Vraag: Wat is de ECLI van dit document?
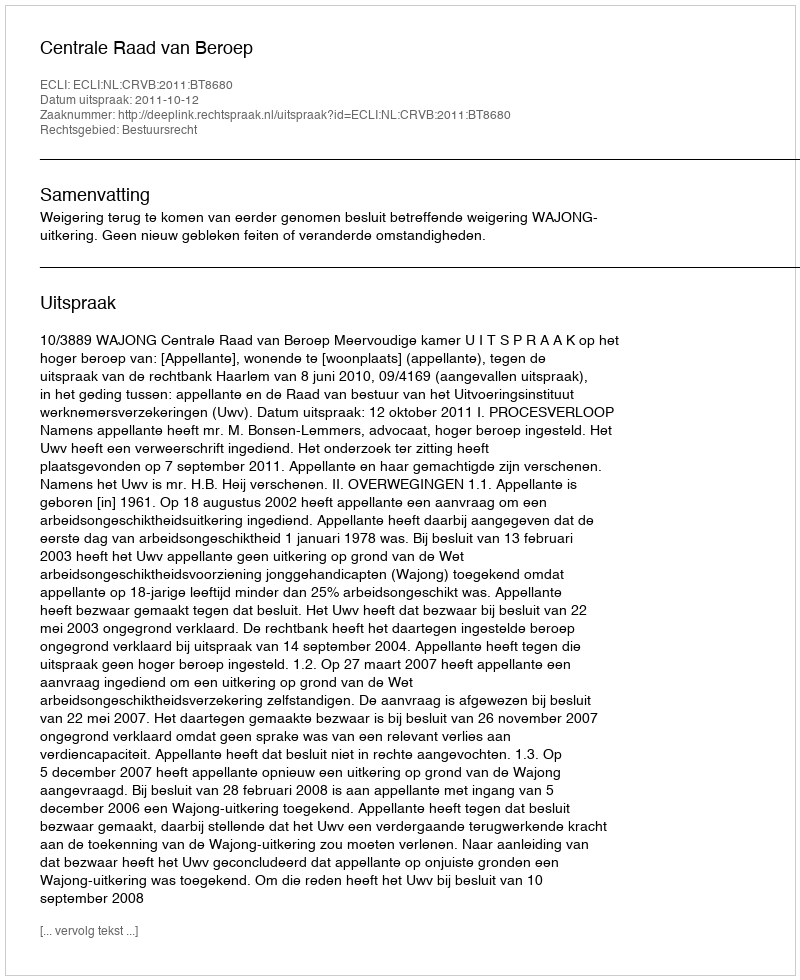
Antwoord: ECLI:NL:CRVB:2011:BT8680